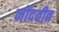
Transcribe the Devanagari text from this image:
नोंदवीत